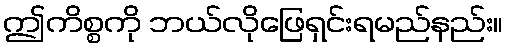
ဤကိစ္စကို ဘယ်လိုဖြေရှင်းရမည်နည်း။